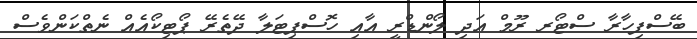
ބޭސްފިހާރާ ސްޓޯރ ރޫމް އަދި ލޯންޑްރީ އާއި ހޮސްޕިޓަލާ ދޭތެރޭ ޕޯޓިކޯއެއް ނެތްކަންވެސް